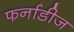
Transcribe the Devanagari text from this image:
फर्नाडीज